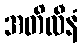
အတိလီနံ